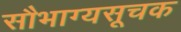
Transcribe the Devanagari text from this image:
सौभाग्यसूचक